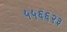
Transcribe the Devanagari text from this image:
५५६६२३